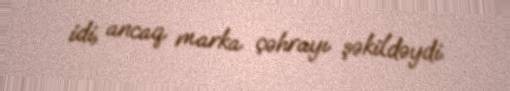
idi, ancaq marka çəhrayı şəkildəydi.